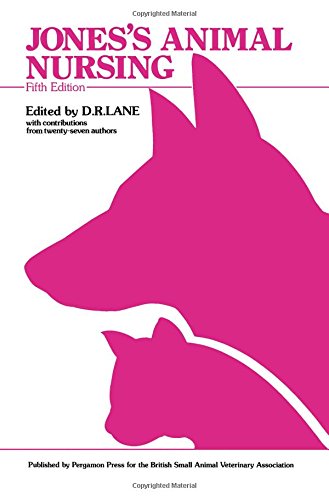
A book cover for Jones' Animal Nursing; Medical Books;